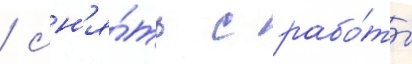
/ сн'я́ть с рабо́ты